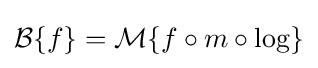
{\mathcal {B}}\{f\}={\mathcal {M}}\{f\circ m\circ \log \}